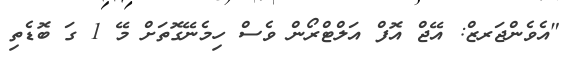
"އެވެންޖަރޒް: އޭޖް އޮފް އަލްޓްރޯން ވެސް ހިމެނޭގޮތަށް މޭ 1 ގަ ބޮޑެތި